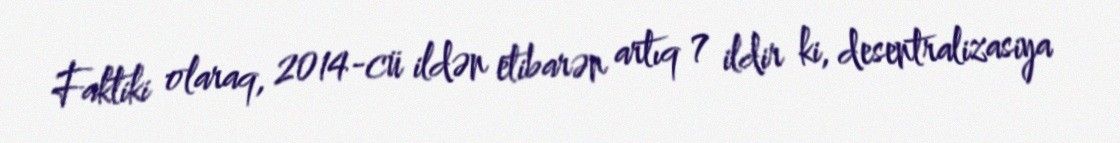
Faktiki olaraq, 2014-cü ildən etibarən artıq 7 ildir ki, desentralizasiya